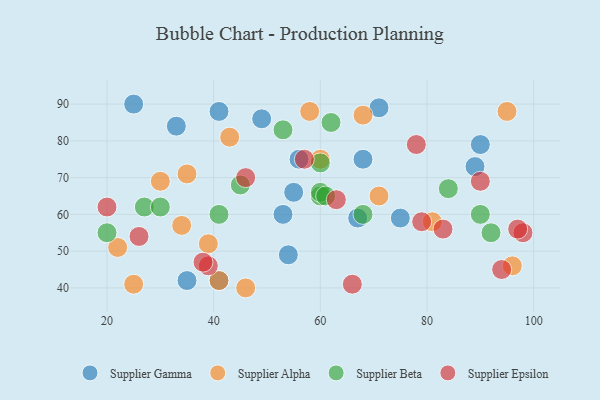
{"axis": {"x": "GDP", "y": "Life Expectancy"}, "legend": ["Supplier Alpha", "Supplier Beta", "Supplier Epsilon", "Supplier Gamma"], "data": [{"x": "35", "y": 42, "type": "Supplier Gamma"}, {"x": "25", "y": 90, "type": "Supplier Gamma"}, {"x": "56", "y": 75, "type": "Supplier Gamma"}, {"x": "68", "y": 75, "type": "Supplier Gamma"}, {"x": "67", "y": 59, "type": "Supplier Gamma"}, {"x": "49", "y": 86, "type": "Supplier Gamma"}, {"x": "41", "y": 42, "type": "Supplier Gamma"}, {"x": "54", "y": 49, "type": "Supplier Gamma"}, {"x": "53", "y": 60, "type": "Supplier Gamma"}, {"x": "75", "y": 59, "type": "Supplier Gamma"}, {"x": "89", "y": 73, "type": "Supplier Gamma"}, {"x": "41", "y": 88, "type": "Supplier Gamma"}, {"x": "55", "y": 66, "type": "Supplier Gamma"}, {"x": "33", "y": 84, "type": "Supplier Gamma"}, {"x": "71", "y": 89, "type": "Supplier Gamma"}, {"x": "90", "y": 79, "type": "Supplier Gamma"}, {"x": "71", "y": 65, "type": "Supplier Alpha"}, {"x": "43", "y": 81, "type": "Supplier Alpha"}, {"x": "81", "y": 58, "type": "Supplier Alpha"}, {"x": "25", "y": 41, "type": "Supplier Alpha"}, {"x": "35", "y": 71, "type": "Supplier Alpha"}, {"x": "30", "y": 69, "type": "Supplier Alpha"}, {"x": "41", "y": 42, "type": "Supplier Alpha"}, {"x": "22", "y": 51, "type": "Supplier Alpha"}, {"x": "95", "y": 88, "type": "Supplier Alpha"}, {"x": "96", "y": 46, "type": "Supplier Alpha"}, {"x": "46", "y": 40, "type": "Supplier Alpha"}, {"x": "60", "y": 75, "type": "Supplier Alpha"}, {"x": "68", "y": 87, "type": "Supplier Alpha"}, {"x": "34", "y": 57, "type": "Supplier Alpha"}, {"x": "58", "y": 88, "type": "Supplier Alpha"}, {"x": "39", "y": 52, "type": "Supplier Alpha"}, {"x": "27", "y": 62, "type": "Supplier Beta"}, {"x": "53", "y": 83, "type": "Supplier Beta"}, {"x": "41", "y": 60, "type": "Supplier Beta"}, {"x": "68", "y": 60, "type": "Supplier Beta"}, {"x": "45", "y": 68, "type": "Supplier Beta"}, {"x": "60", "y": 65, "type": "Supplier Beta"}, {"x": "30", "y": 62, "type": "Supplier Beta"}, {"x": "60", "y": 66, "type": "Supplier Beta"}, {"x": "60", "y": 74, "type": "Supplier Beta"}, {"x": "92", "y": 55, "type": "Supplier Beta"}, {"x": "90", "y": 60, "type": "Supplier Beta"}, {"x": "84", "y": 67, "type": "Supplier Beta"}, {"x": "20", "y": 55, "type": "Supplier Beta"}, {"x": "61", "y": 65, "type": "Supplier Beta"}, {"x": "62", "y": 85, "type": "Supplier Beta"}, {"x": "66", "y": 41, "type": "Supplier Epsilon"}, {"x": "78", "y": 79, "type": "Supplier Epsilon"}, {"x": "57", "y": 75, "type": "Supplier Epsilon"}, {"x": "83", "y": 56, "type": "Supplier Epsilon"}, {"x": "39", "y": 46, "type": "Supplier Epsilon"}, {"x": "79", "y": 58, "type": "Supplier Epsilon"}, {"x": "94", "y": 45, "type": "Supplier Epsilon"}, {"x": "38", "y": 47, "type": "Supplier Epsilon"}, {"x": "46", "y": 70, "type": "Supplier Epsilon"}, {"x": "20", "y": 62, "type": "Supplier Epsilon"}, {"x": "26", "y": 54, "type": "Supplier Epsilon"}, {"x": "63", "y": 64, "type": "Supplier Epsilon"}, {"x": "98", "y": 55, "type": "Supplier Epsilon"}, {"x": "97", "y": 56, "type": "Supplier Epsilon"}, {"x": "90", "y": 69, "type": "Supplier Epsilon"}]}